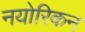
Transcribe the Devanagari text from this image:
नयोरिकन